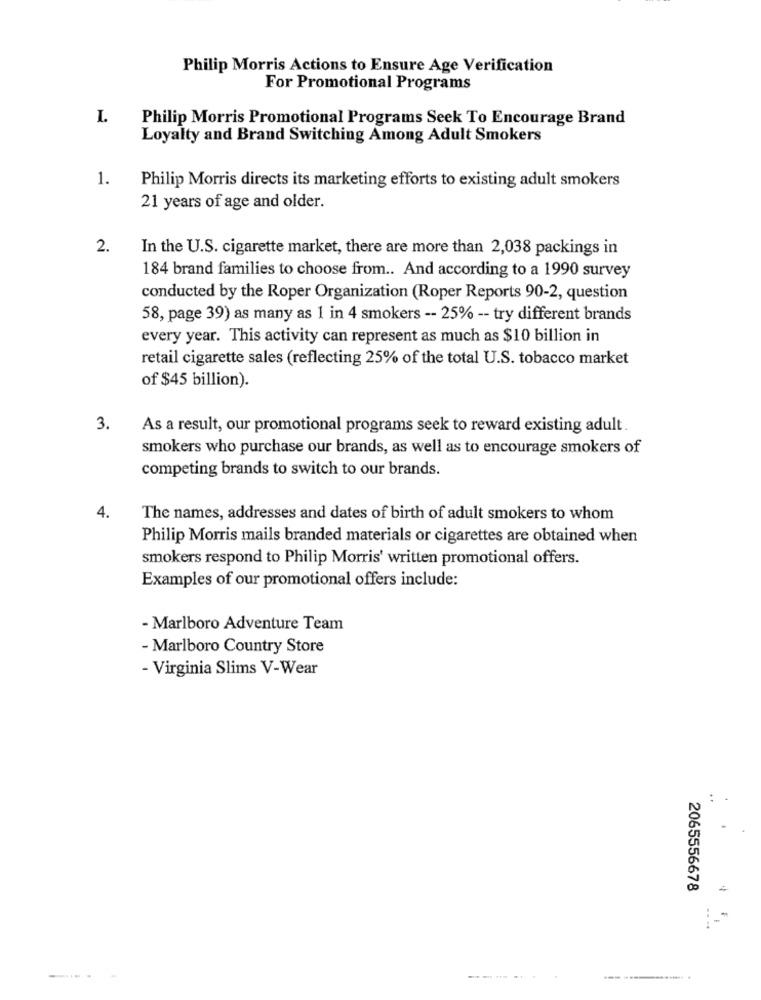
Philip Morris Actions to Ensure Age Verification
For Promotional Programs
I.
Philip Morris Promotional Programs Seek To Encourage Brand
Loyalty and Brand Switching Among Adult Smokers
1.
Philip Morris directs its marketing efforts to existing adult smokers
21 years of age and older.
2.
In the U.S. cigarette market, there are more than 2,038 packings in
184 brand families to choose from .. And according to a 1990 survey
conducted by the Roper Organization (Roper Reports 90-2, question
58, page 39) as many as 1 in 4 smokers -- 25% -- try different brands
every year. This activity can represent as much as $10 billion in
retail cigarette sales (reflecting 25% of the total U.S. tobacco market
of $45 billion).
3.
As a result, our promotional programs seek to reward existing adult.
smokers who purchase our brands, as well as to encourage smokers of
competing brands to switch to our brands.
4.
The names, addresses and dates of birth of adult smokers to whom
Philip Morris mails branded materials or cigarettes are obtained when
smokers respond to Philip Morris' written promotional offers.
Examples of our promotional offers include:
- Marlboro Adventure Team
- Marlboro Country Store
- Virginia Slims V-Wear
2065556678
---.
--.. ...